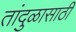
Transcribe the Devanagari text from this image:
तांदुळासाठी